Sketch of the medical history of the native army of Bombay, for the year
Year: 1870
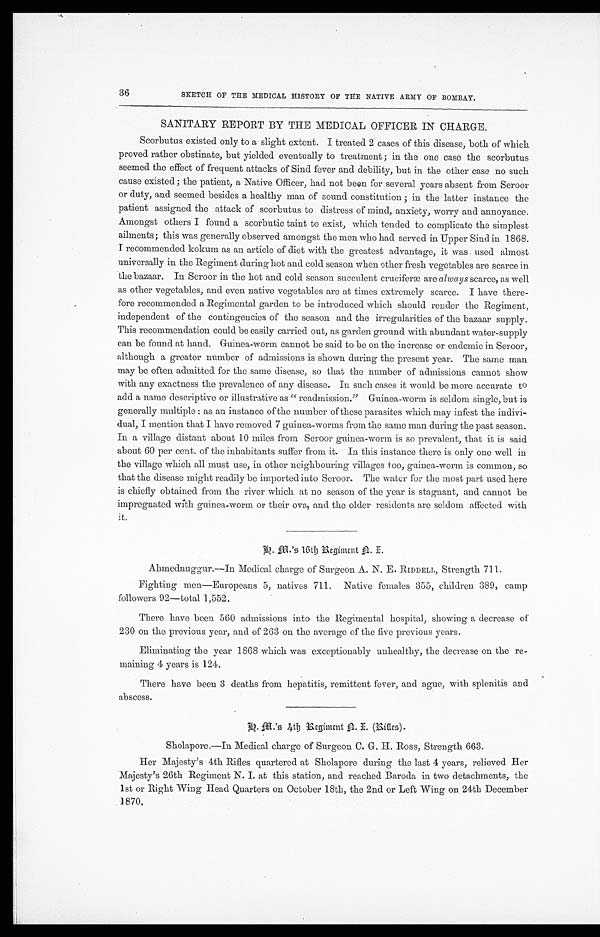
36
SKETCH OF THE MEDICAL HISTORY OF THE NATIVE ARMY OF BOMBAY.
SANITARY REPORT BY THE MEDICAL OFFICER TN CHARGE.
Scorbutus existed only to a slight extent. I treated 2 cases of this disease, both of which
proved rather obstinate, but yielded eventually to treatment; in the one case the scorbutus
seemed the effect of frequent attacks of Sind fever and debility, but in the other case no such
cause existed; the patient, a Native Officer, had not been for several years absent from Seroor
or duty, and seemed besides a healthy man of sound constitution; in the latter instance the
patient assigned the attack of scorbutus to distress of mind, anxiety, worry and annoyance.
Amongst others I found a scorbutic taint to exist, which tended to complicate the simplest
ailments; this was generally observed amongst the men who had served in Upper Sind in 1868.
I recommended kokum as an article of diet with the greatest advantage, it was used almost
universally in the Regiment during hot and cold season when other fresh vegetables are scarce in
the bazaar. In Seroor in the hot and cold season succulent cruciferæ are always scarce, as well
as other vegetables, and even native vegetables are at times extremely scarce. I have there
-
fore recommended a Regimental garden to be introduced which should render the Regiment,
independent of the contingencies of the season and the irregularities of the bazaar supply.
This recommendation could be easily carried out, as garden ground with abundant water-supply
can be found at hand. Guinea-worm cannot be said to be on the increase or endemic in Seroor,
although a greater number of admissions is shown during the present year. The same man
may be often admitted for the same disease, so that the number of admissions cannot show
with any exactness the prevalence of any disease. In such cases it would be more accurate to
add a name descriptive or illustrative as " readmission." Guinea-worm is seldom single, but is
generally multiple: as an instance of the number of these parasites which may infest the indivi
-
dual, I mention that I have removed 7 guinea-worms from the same man during the past season.
In a village distant about 10 miles from Seroor guinea-worm is so prevalent, that it is said
about 60 per cent. of the inhabitants suffer from it. In this instance there is only one well in
the village which all must use, in other neighbouring villages too, guinea-worm is common, so
that the disease might readily be imported into Seroor. The water for the most part used here
is chiefly obtained from the river which at no season of the year is stagnant, and cannot be
impregnated with guinea-worm or their ova, and the older residents are seldom affected with
it.
G . M . ' s 1 6 t h R e g i m e n t N . I .
Ahmednuggur.—In Medical charge of Surgeon A. N. E. RIDDELL, Strength 711.
Fighting men—Europeans 5, natives 711. Native females 355, children 389, camp
followers 92—total 1,552.
There have been 560 admissions into the Regimental hospital, showing a decrease of
230 on the previous year, and of 263 on the average of the five previous years.
Eliminating the year 1868 which was exceptionably unhealthy, the decrease on the re
-
maining 4 years is 124.
There have been 3 deaths from hepatitis, remittent fever, and ague, with splenitis and
abscess.
Sholapore.—In Medical charge of Surgeon C. G. H. Ross, Strength 663.
Her Majesty's 4th Rifles quartered at Sholapore during the last 4 years, relieved Her
Majesty's 26th Regiment N. I. at this station, and reached Baroda in two detachments, the
1st or Right Wing Head Quarters on October 18th, the 2nd or Left Wing on. 24th December
1870.